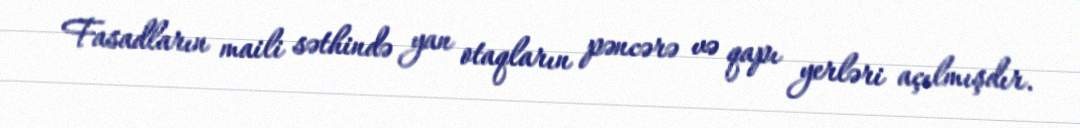
Fasadların maili səthində yan otaqların pəncərə və qapı yerləri açılmışdır.